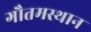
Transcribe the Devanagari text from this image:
गौतमस्थान